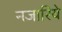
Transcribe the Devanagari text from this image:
नजारिये